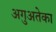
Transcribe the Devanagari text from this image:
अगुअतेका